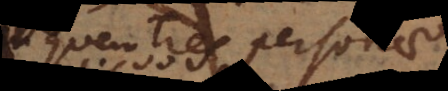
quem tres personae